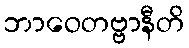
ဘာဝေတဗ္ဗာနီတိ